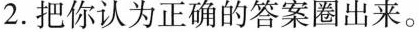
2.把你认为正确的答案圈出来。